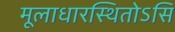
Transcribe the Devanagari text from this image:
मूलाधारस्थितोऽसि